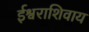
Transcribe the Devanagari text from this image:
ईश्वराशिवाय